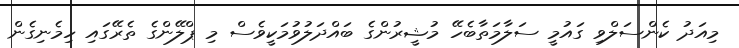
މިއަދު ކެންސަލްވި ގައުމީ ސަލާމަތާބެހޭ މުޝީރުންގެ ބައްދަލުވުމަކީވެސް މި ޕްލޭންގެ ތެރޭގައި ހިމެނިގެން